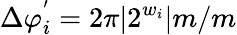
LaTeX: \Delta\varphi_{i}^{'}=2\pi|2^{w_{i}}|{m}/m